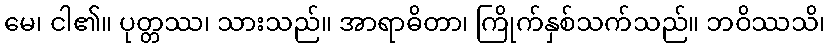
မေ၊ ငါ၏။ ပုတ္တဿ၊ သားသည်။ အာရာဓိတာ၊ ကြိုက်နှစ်သက်သည်။ ဘဝိဿသိ၊